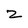
Character: 2